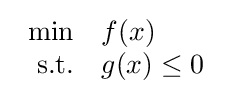
{\begin{array}{rl}\min &f(x)\\{\text{s.t.}}&g(x)\leq 0\end{array}}